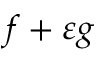
f + \varepsilon g